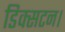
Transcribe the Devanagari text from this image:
डिक्सटन।